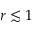
r \lesssim 1